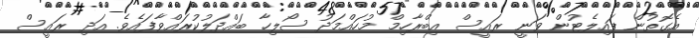
އެގޮތުން ޕައިލެޓުން ވަނީ ރައީސް އިބްރާހިމް މުހައްމަދު ސޯލިހާ ބައްދަލުކުރައްވާފައެވެ. އަދި ރައީސް